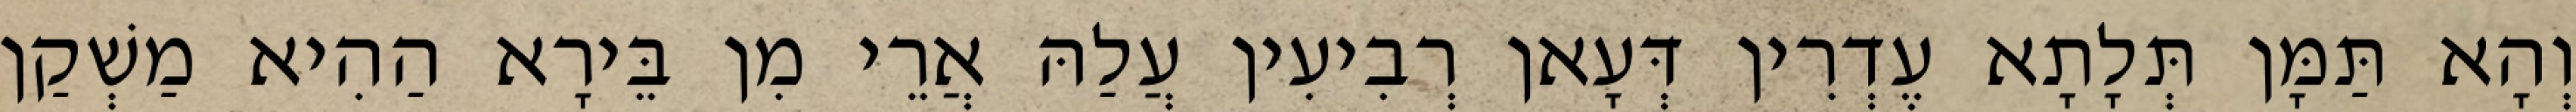
וְהָא תַּמָּן תְּלָתָא עֶדְרִין דְּעָאן רְבִיעִין עֲלַהּ אֲרֵי מִן בֵּירָא הַהִיא מַשְׁקַן